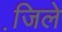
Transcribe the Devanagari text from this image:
जि़ले